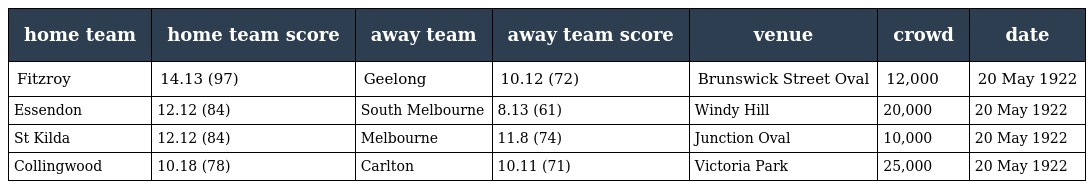
| home team | home team score | away team | away team score | venue | crowd | date |
 | --- | --- | --- | --- | --- | --- | --- |
 | Fitzroy | 14.13 (97) | Geelong | 10.12 (72) | Brunswick Street Oval | 12,000 | 20 May 1922 |
 | Essendon | 12.12 (84) | South Melbourne | 8.13 (61) | Windy Hill | 20,000 | 20 May 1922 |
 | St Kilda | 12.12 (84) | Melbourne | 11.8 (74) | Junction Oval | 10,000 | 20 May 1922 |
 | Collingwood | 10.18 (78) | Carlton | 10.11 (71) | Victoria Park | 25,000 | 20 May 1922 |